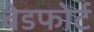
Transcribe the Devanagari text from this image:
बेडफोर्ट